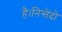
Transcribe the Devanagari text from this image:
है।निन्तेंदो